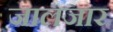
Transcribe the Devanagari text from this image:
जालजार